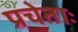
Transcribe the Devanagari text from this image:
प्रचेताः